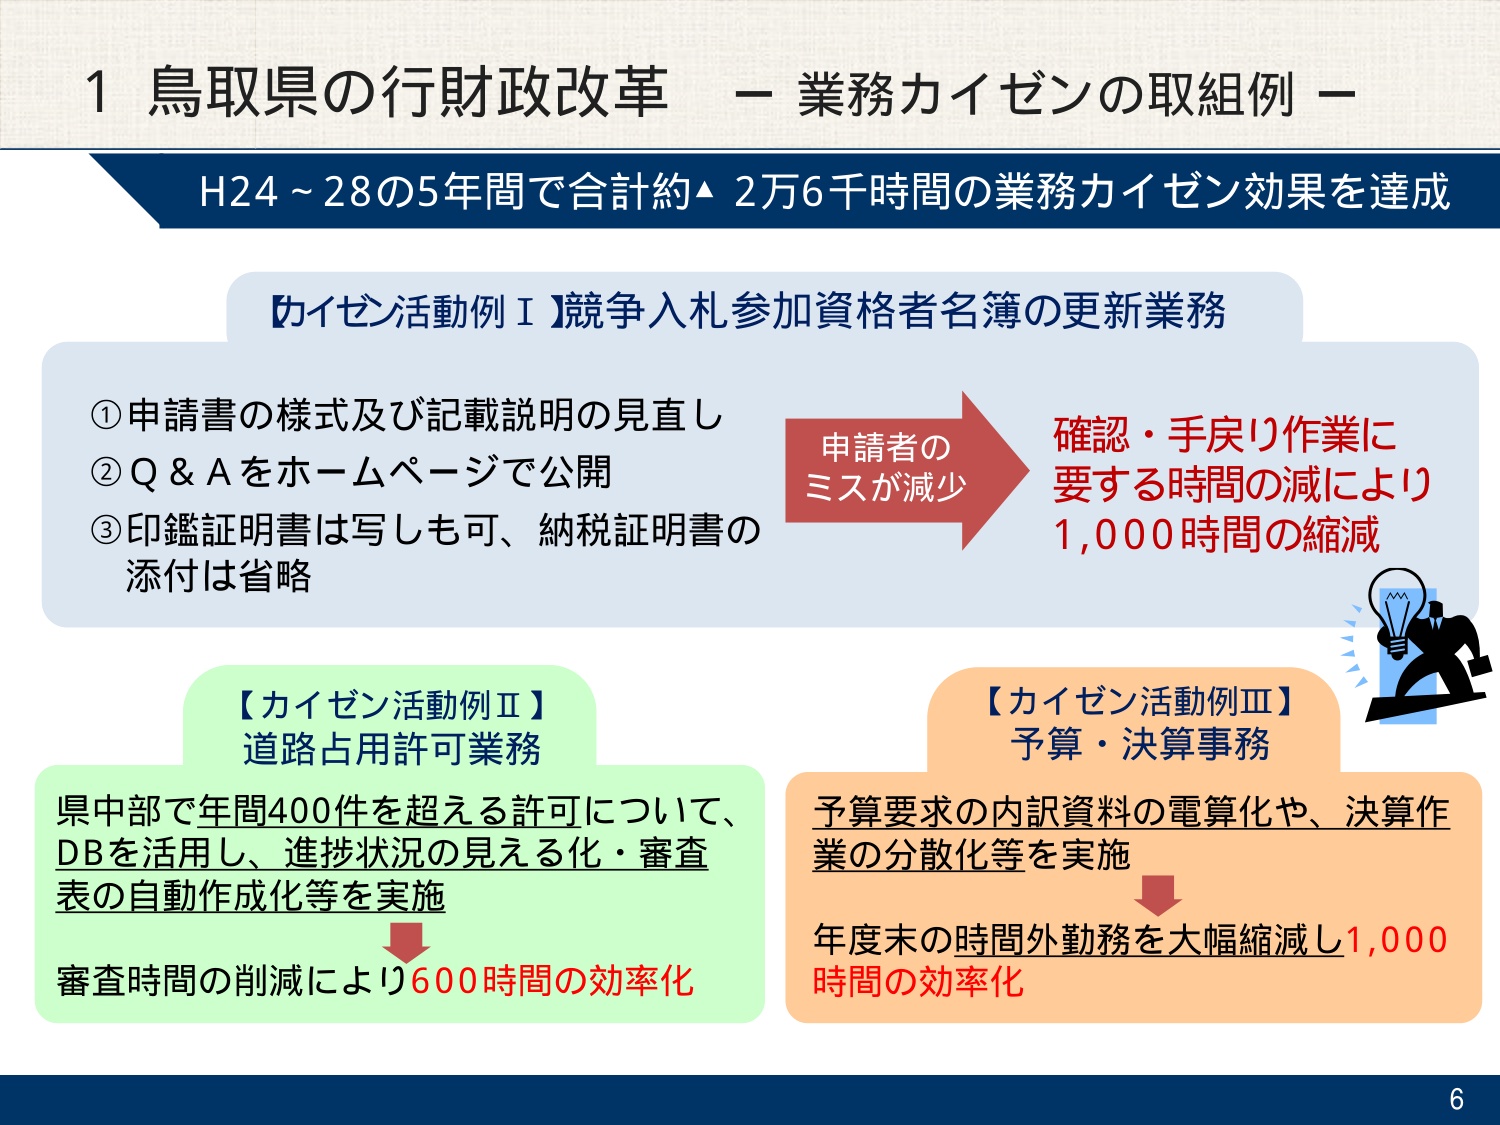
1 鳥取県の行財政改革 － 業務カイゼンの取組例 －

H24～28の5年間で合計約▲2万6千時間の業務カイゼン効果を達成

【カイゼン活動例Ⅰ】競争入札参加資格者名簿の更新業務

①申請書の様式及び記載説明の見直し
②Q＆Aをホームページで公開
③印鑑証明書は写しも可、納税証明書の添付は省略

申請者のミスが減少
→ 確認・手戻り作業に要する時間の減により
1,000時間の縮減

【カイゼン活動例Ⅱ】
道路占用許可業務

県中部で年間400件を超える許可について、
DBを活用し、進捗状況の見える化・審査表の自動作成化等を実施
→ 審査時間の削減により600時間の効率化

【カイゼン活動例Ⅲ】
予算・決算事務

予算要求の内訳資料の電算化や、決算作業の分散化等を実施
→ 年度末の時間外勤務を大幅縮減し1,000時間の効率化

6